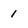
Character: 1